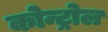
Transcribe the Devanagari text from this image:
कोन्ट्रोल